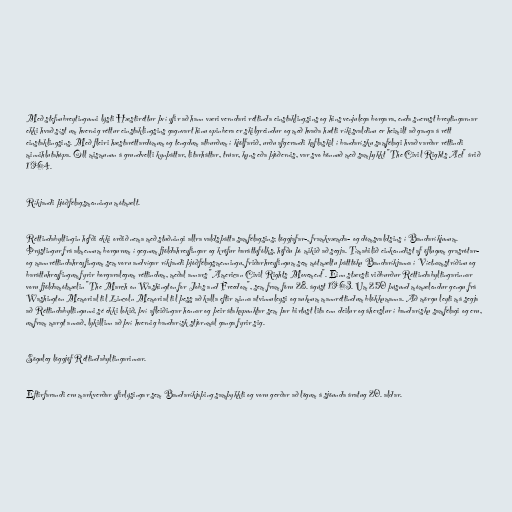
Með stefnubreytingunni lýsti Hæstiréttur því yfir að hann væri verndari réttinda einstaklingsins og hins venjulega borgara, enda snerust breytingarnar
ekki hvað síst um hvernig réttur einstaklingsins gagnvart hinu opinbera er skilgreindur og með hvaða hætti ríkisvaldinu er heimilt að ganga á rétt
einstaklingsins. Með fleiri hæstaréttardómum og tengdum atburðum í kjölfarið, urðu afgerandi kaflaskil í bandarísku samfélagi hvað varðar réttindi
minnihlutahópa. Öll mismunun á grundvelli kynþáttar, litarháttar, trúar, kyns eða þjóðernis, var svo bönnuð með samþykkt "The Civil Rights Act" árið
1964.

Ríkjandi þjóðfélagsmenningu mótmælt.

Réttindabyltingin hefði ekki orðið nema með stuðningi allra valdsþátta samfélagsins; löggjafar-, framkvæmda- og dómsvaldsins í Bandaríkjunum.
Þrýstingur frá almennum borgurum í gegnum fjöldahreyfingar og kröfur baráttufólks, höfðu þó mikið að segja. Tímabilið einkenndist af öflugum grasrótar-
og mannréttindahreyfingum sem voru andvígar ríkjandi þjóðfélagsmenningu, friðarhreyfingum sem mótmæltu þátttöku Bandaríkjanna í Víetnamstríðinu og
baráttuhreyfingum fyrir borgaralegum réttindum, meðal annars "American Civil Rights Movement". Einn stærsti viðburður Réttindabyltingarinnar
voru fjöldamótmælin "The March on Washington for Jobs and Freedom", sem fram fóru 28. ágúst 1963. Um 250 þúsund mómælendur gengu frá
Washington Memorial til Lincoln Memorial til þess að kalla eftir minna atvinnuleysi og auknum mannréttindum blökkumanna. Að mörgu leyti má segja
að Réttindabyltingunni sé ekki lokið, því afleiðingar hennar og þeir átakapunktar sem þar birtust lita enn deilur og áherslur í bandarísku samfélagi og eru,
umfram margt annað, lykillinn að því hvernig bandarísk stjórnmál ganga fyrir sig.

Söguleg löggjöf Réttindabyltingarinnar.

Eftirfarandi eru markverðar yfirlýsingar sem Bandaríkjaþing samþykkti og voru gerðar að lögum á sjöunda áratug 20. aldar.